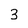
Character: 3